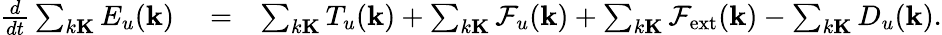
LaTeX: \begin{array}{rlr}{\frac{d}{dt}\sum_{k\le K}E_{u}({\mathbf k})}&{{}=}&{\sum_{k\le K}T_{u}({\mathbf k})+\sum_{k\le K}\mathcal{F}_{u}({\mathbf k})+\sum_{k\le K}\mathcal{F}_{\mathrm{ext}}({\mathbf k})-\sum_{k\le K}D_{u}({\mathbf k}).}\end{array}